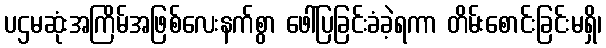
ပဌမဆုံးအကြိမ်အဖြစ်လေးနက်စွာ ဖေါ်ပြခြင်းခံခဲ့ရကာ တိမ်းစောင်းခြင်းမရှိ၊